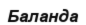
Баланда